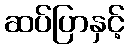
ဆပ်ပြာနှင့်